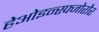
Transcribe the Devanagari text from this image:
हेओइन्स्फ्जोरौर